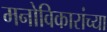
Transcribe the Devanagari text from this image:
मनोविकारांच्या